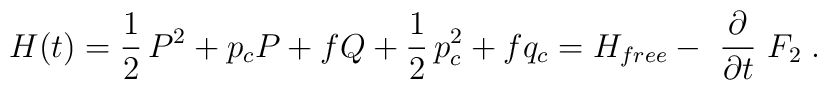
H(t)={\frac 12\,}P^2+p_cP+fQ+{\frac 12\,}p_c^2+fq_c=H_{free}-{\ \frac\partial {\partial t}}~F_2\;.